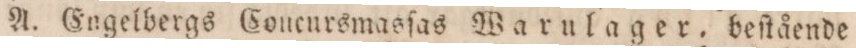
A. Engelbergs Coucursmasſas Warulager. beſtående